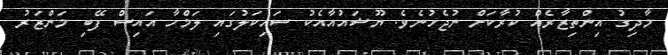
މާދިގު އިންތިޒާރެއް ކުރާކަށް ނުޖެހުނެވެ. ޔޫޝައުއާއެކު ސައިކަލުގައި ލަމްހާ އައިސް ފޭބި މަންޒަރު